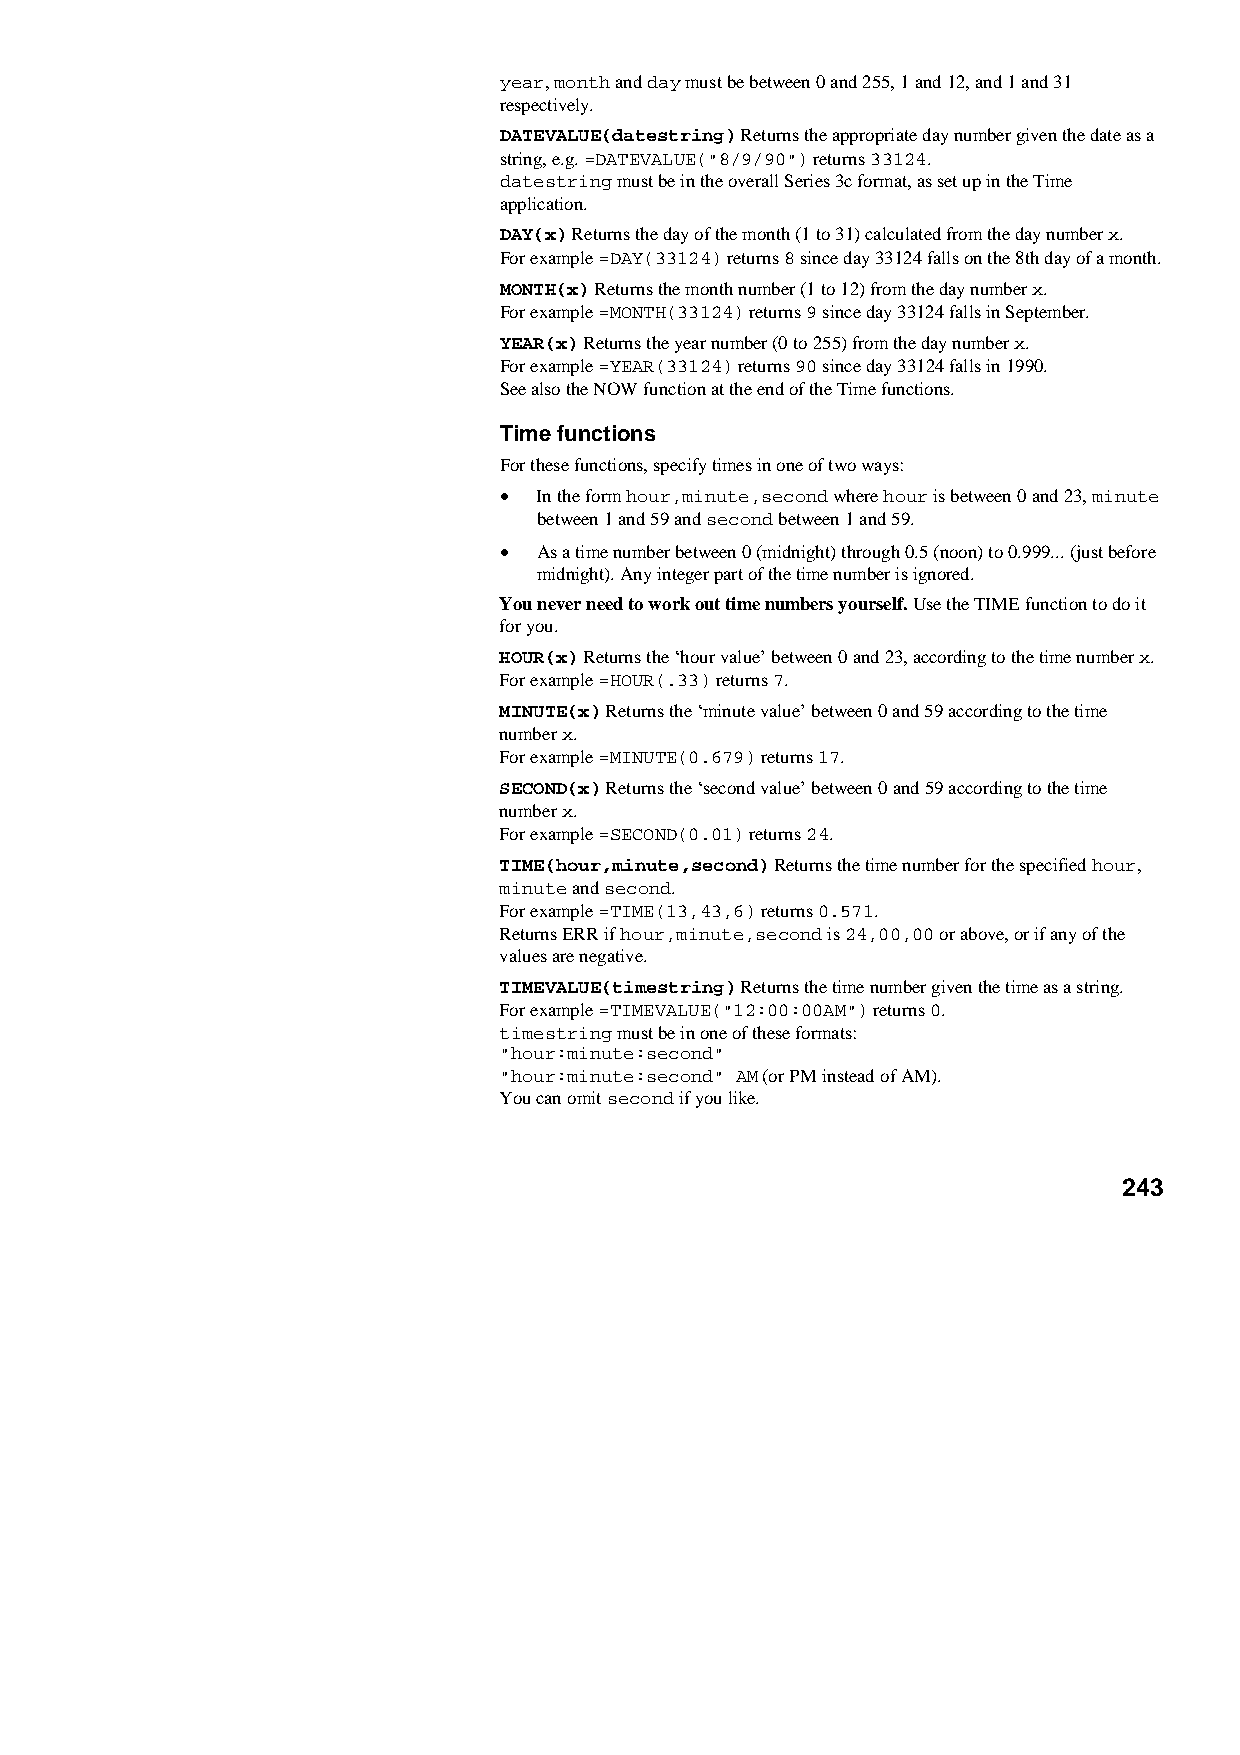
year, month and day must be between 0 and 255, 1 and 12, and 1 and 31
 respectively.
 DATEVALUE(datestring) Returns the appropriate day number given the date as a
 string, e.g. =DATEVALUE("8/9/90") returns 33124.
 datestring must be in the overall Series 3c format, as set up in the Time
 application.
 DAY(x) Returns the day of the month (1 to 31) calculated from the day number x.
 For example =DAY(33124) returns 8 since day 33124 falls on the 8th day of a month.
 MONTH(x) Returns the month number (1 to 12) from the day number x.
 For example =MONTH(33124) returns 9 since day 33124 falls in September.
 YEAR(x) Returns the year number (0 to 255) from the day number x.
 For example =YEAR(33124) returns 90 since day 33124 falls in 1990.
 See also the NOW function at the end of the Time functions.
 Time functions
 For these functions, specify times in one of two ways:
 •  In the form hour,minute,second where hour is between 0 and 23, minute
 between 1 and 59 and second between 1 and 59.
 •  As a time number between 0 (midnight) through 0.5 (noon) to 0.999... (just before
 midnight). Any integer part of the time number is ignored.
 You never need to work out time numbers yourself. Use the TIME function to do it
 for you.
 HOUR(x) Returns the ‘hour value’ between 0 and 23, according to the time number x.
 For example =HOUR(.33) returns 7.
 MINUTE(x) Returns the ‘minute value’ between 0 and 59 according to the time
 number x.
 For example =MINUTE(0.679) returns 17.
 SECOND(x) Returns the ‘second value’ between 0 and 59 according to the time
 number x.
 For example =SECOND(0.01) returns 24.
 TIME(hour,minute,second) Returns the time number for the specified hour,
 minute and second.
 For example =TIME(13,43,6) returns 0.571.
 Returns ERR if hour,minute,second is 24,00,00 or above, or if any of the
 values are negative.
 TIMEVALUE(timestring) Returns the time number given the time as a string.
 For example =TIMEVALUE("12:00:00AM") returns 0.
 timestring must be in one of these formats:
 "hour:minute:second"
 "hour:minute:second" AM (or PM instead of AM).
 You can omit second if you like.
 243